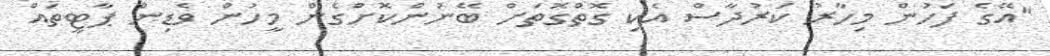
"އޭގެ ފަހުން މިހާރު ކަރުދާސް އެކި ގޮތްގޮތަށް ބޭނުންކޮށްގެން މީހުން ވެޑިން ޕާޓީތައް